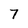
Character: 7